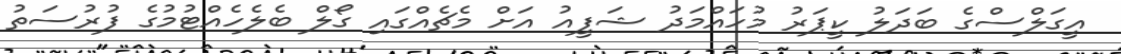
އީގަލްސްގެ ބަދަލު ކީޕަރު މުހައްމަދު ޝަފީއު އަށް މެޗެއްގައި ގޯލް ބެލެހެއްޓުމުގެ ފުރުސަތު